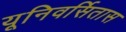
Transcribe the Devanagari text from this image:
यूनिवर्सितास